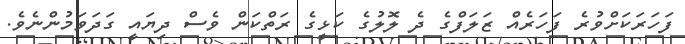
ފަހަރަކަށްވުރެ ފަހަރެއް ޒަލަފްގެ ދެ ލޮލުގެ ކަޅީގެ ރަތްކަން ވެސް ދިޔައީ ގަދަވަމުންނެވެ.